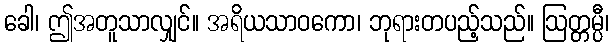
ခေါ၊ ဤအတူသာလျှင်။ အရိယသာဝကော၊ ဘုရားတပည့်သည်။ ဩတ္တမ္ပီ၊